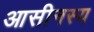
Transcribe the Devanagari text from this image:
आसीनस्य